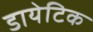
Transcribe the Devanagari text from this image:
डायेटिक